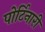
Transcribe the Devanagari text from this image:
पोर्टिनारी